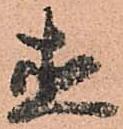
直